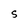
Character: S